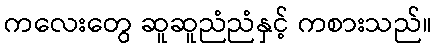
ကလေးတွေ ဆူဆူညံညံနှင့် ကစားသည်။